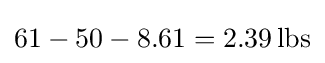
61-50-8.61=2.39\,{\text{lbs}}